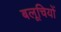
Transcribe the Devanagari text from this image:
बलूचियों